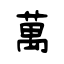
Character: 萬